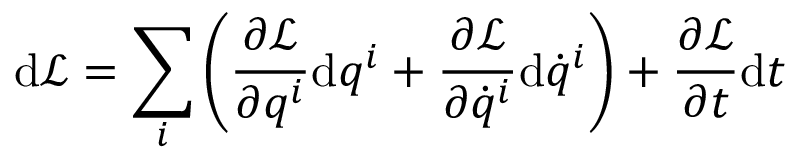
\mathrm { d } { \mathcal { L } } = \sum _ { i } \left( { \frac { \partial { \mathcal { L } } } { \partial q ^ { i } } } \mathrm { d } q ^ { i } + { \frac { \partial { \mathcal { L } } } { \partial { \dot { q } } ^ { i } } } \mathrm { d } { \dot { q } } ^ { i } \right) + { \frac { \partial { \mathcal { L } } } { \partial t } } \mathrm { d } t